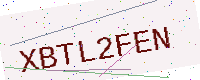
Text: XBTL2FEN